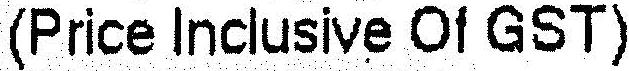
(PRICE INCLUSIVE OF GST)